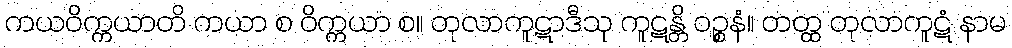
ကယဝိက္ကယာတိ ကယာ စ ဝိက္ကယာ စ။ တုလာကူဋာဒီသု ကူဋန္တိ ဝဉ္စနံ။ တတ္ထ တုလာကူဋံ နာမ